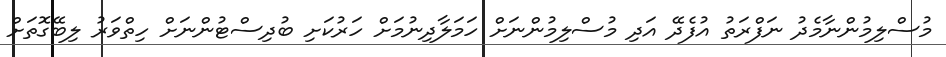
މުސްލިމުންނާމެދު ނަފްރަތު އުފެދޭ އަދި މުސްލިމުންނަށް ހަމަލާދިނުމަށް ހަރުކަށި ބުދިސްޓުންނަށް ހިތްވަރު ލިބޭގޮތަށް